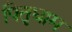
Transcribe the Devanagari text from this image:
पितृधाम